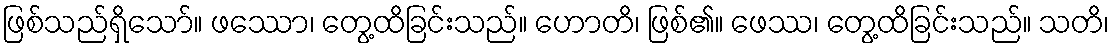
ဖြစ်သည်ရှိသော်။ ဖဿော၊ တွေ့ထိခြင်းသည်။ ဟောတိ၊ ဖြစ်၏။ ဖေဿ၊ တွေ့ထိခြင်းသည်။ သတိ၊